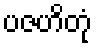
ပဇဟိတုံ